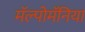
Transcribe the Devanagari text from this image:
मॅल्पोमॅनिया